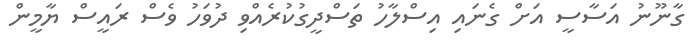
ގާނޫނު އަސާސީ އަށް ގެނައި އިސްލާހު ތަސްދީގުކުރެއްވި ދުވަހު ވެސް ރައީސް ޔާމީން